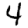
Digit: 4